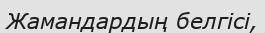
Жамандардың белгісі,